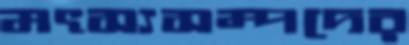
মৎস্যসম্পদের